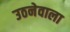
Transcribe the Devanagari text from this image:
उठनेवाला